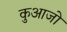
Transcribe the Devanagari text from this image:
कुआजो